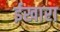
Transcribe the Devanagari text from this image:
ईखारा